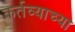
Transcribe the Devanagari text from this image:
कर्तव्याच्या